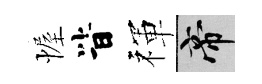
幄𣅜禈帝